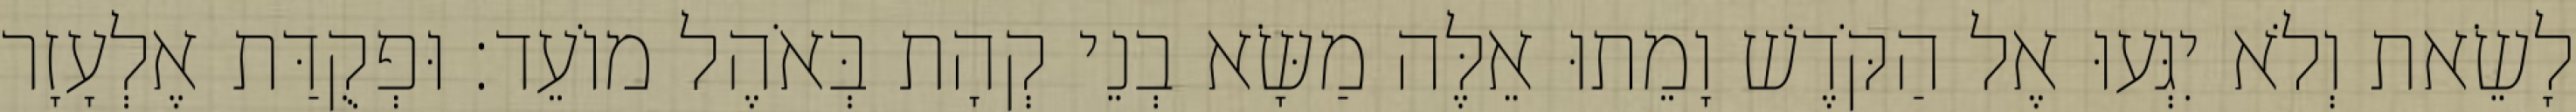
לָשֵׂאת וְלֹא יִגְּעוּ אֶל הַקֹּדֶשׁ וָמֵתוּ אֵלֶּה מַשָּׂא בְנֵי קְהָת בְּאֹהֶל מוֹעֵד׃ וּפְקֻדַּת אֶלְעָזָר